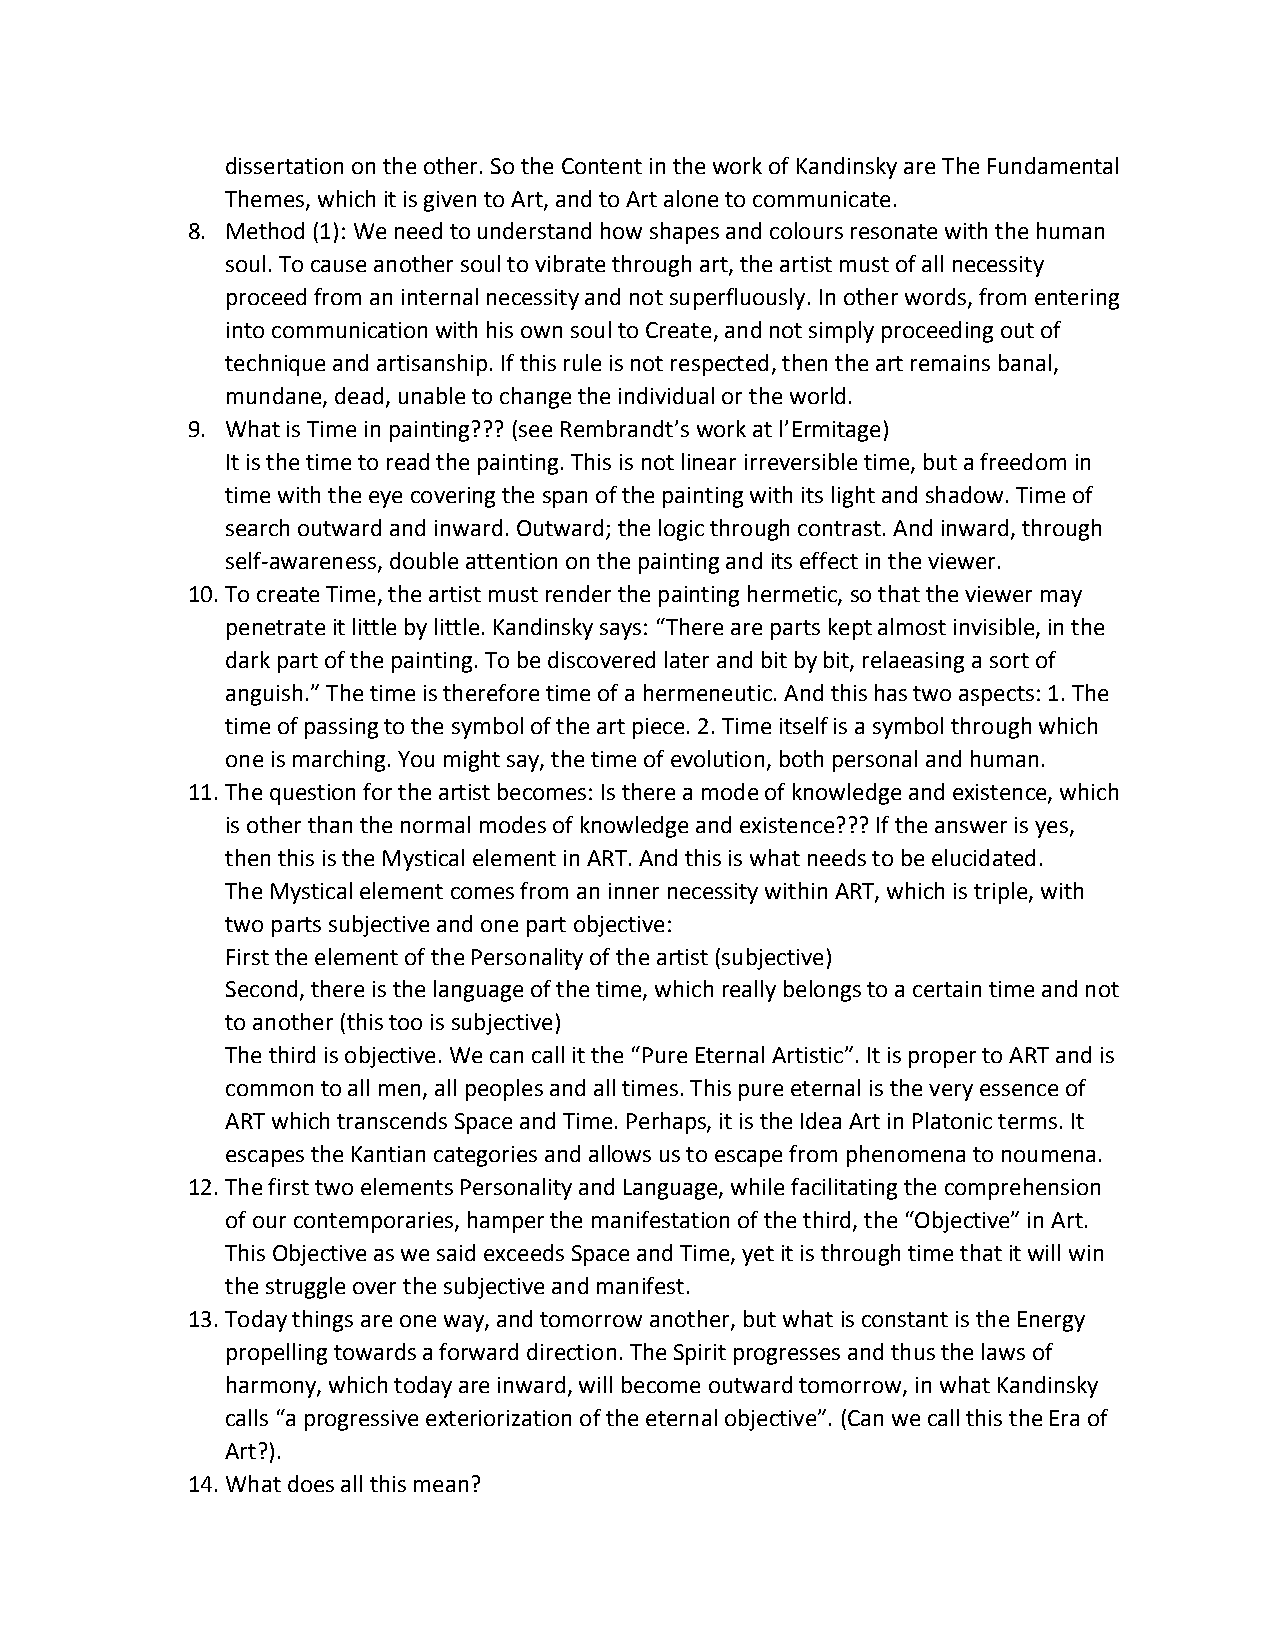
dissertation on the other. So the Content in the work of Kandinsky are The Fundamental
 Themes, which it is given to Art, and to Art alone to communicate.
 8. Method (1): We need to understand how shapes and colours resonate with the human
 soul. To cause another soul to vibrate through art, the artist must of all necessity
 proceed from an internal necessity and not superfluously. In other words, from entering
 into communication with his own soul to Create, and not simply proceeding out of
 technique and artisanship. If this rule is not respected, then the art remains banal,
 mundane, dead, unable to change the individual or the world.
 9. What is Time in painting??? (see Rembrandt’s work at l’Ermitage)
 It is the time to read the painting. This is not linear irreversible time, but a freedom in
 time with the eye covering the span of the painting with its light and shadow. Time of
 search outward and inward. Outward; the logic through contrast. And inward, through
 self-awareness, double attention on the painting and its effect in the viewer.
 10. To create Time, the artist must render the painting hermetic, so that the viewer may
 penetrate it little by little. Kandinsky says: “There are parts kept almost invisible, in the
 dark part of the painting. To be discovered later and bit by bit, relaeasing a sort of
 anguish.” The time is therefore time of a hermeneutic. And this has two aspects: 1. The
 time of passing to the symbol of the art piece. 2. Time itself is a symbol through which
 one is marching. You might say, the time of evolution, both personal and human.
 11. The question for the artist becomes: Is there a mode of knowledge and existence, which
 is other than the normal modes of knowledge and existence??? If the answer is yes,
 then this is the Mystical element in ART. And this is what needs to be elucidated.
 The Mystical element comes from an inner necessity within ART, which is triple, with
 two parts subjective and one part objective:
 First the element of the Personality of the artist (subjective)
 Second, there is the language of the time, which really belongs to a certain time and not
 to another (this too is subjective)
 The third is objective. We can call it the “Pure Eternal Artistic”. It is proper to ART and is
 common to all men, all peoples and all times. This pure eternal is the very essence of
 ART which transcends Space and Time. Perhaps, it is the Idea Art in Platonic terms. It
 escapes the Kantian categories and allows us to escape from phenomena to noumena.
 12. The first two elements Personality and Language, while facilitating the comprehension
 of our contemporaries, hamper the manifestation of the third, the “Objective” in Art.
 This Objective as we said exceeds Space and Time, yet it is through time that it will win
 the struggle over the subjective and manifest.
 13. Today things are one way, and tomorrow another, but what is constant is the Energy
 propelling towards a forward direction. The Spirit progresses and thus the laws of
 harmony, which today are inward, will become outward tomorrow, in what Kandinsky
 calls “a progressive exteriorization of the eternal objective”. (Can we call this the Era of
 Art?).
 14. What does all this mean?